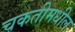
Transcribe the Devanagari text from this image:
चकतीमधील